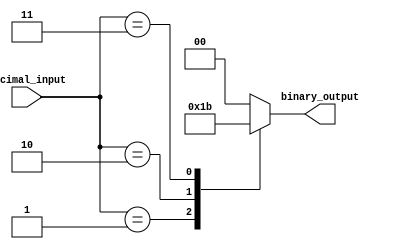
module decimal_priority_encoder(
    input [3:0] decimal_input,
    output reg [1:0] binary_output
);

always @*
begin
    case(decimal_input)
        0: binary_output = 2'b00;
        1: binary_output = 2'b01;
        2: binary_output = 2'b10;
        3: binary_output = 2'b11;
        default: binary_output = 2'b00; // default case if input is out of range
    endcase
end

endmodule